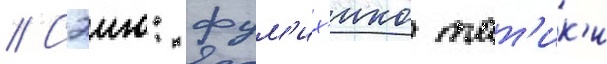
// Сэию: фум'их'ико тат'ик'и